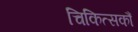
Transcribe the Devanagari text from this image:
चिकित्सकौं